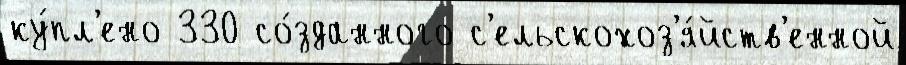
ку́пл'ено 330 со́зданного с'ельскохоз'я́йств'енной